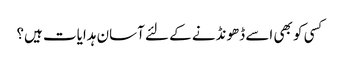
کسی کو بھی اسے ڈھونڈنے کے لئے آسان ہدایات ہیں؟